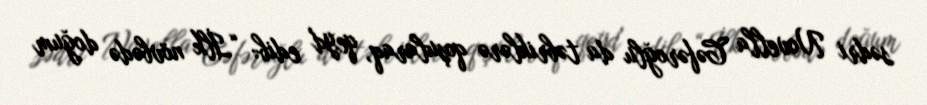
sədri Novella Cəfəroğlu da təbriklərə qoşularaq, qeyd edib: “İlk növbədə doğum